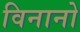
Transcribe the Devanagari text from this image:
विनानो